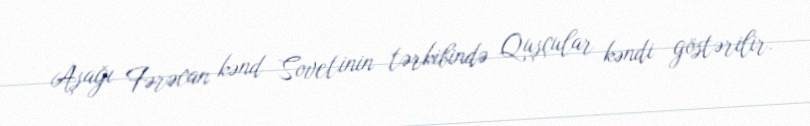
Aşağı Fərəcan kənd Sovetinin tərkibində Quşçular kəndi göstərilir.